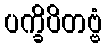
ပက္ခိပိတဗ္ဗံ